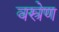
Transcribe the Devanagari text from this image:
वस्त्रेण